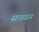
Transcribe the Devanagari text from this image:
सावधन